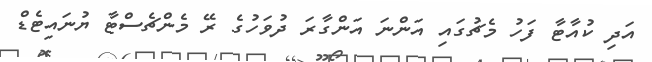
އަދި ކުއާޓާ ފަހު މެޗުގައި އަންނަ އަންގާރަ ދުވަހުގެ ރޭ މެންޗެސްޓާ ޔުނައިޓެޑް